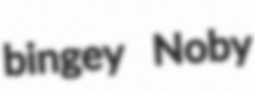
bingey Noby